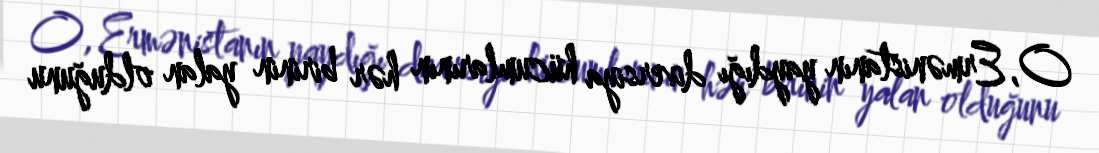
O, Ermənistanın yaydığı diversiya hücumlarının hər birinin yalan olduğunu